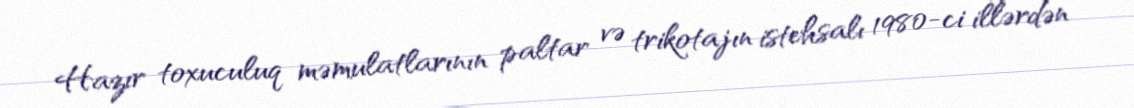
Hazır toxuculuq məmulatlarının paltar və trikotajın istehsalı 1980-ci illərdən